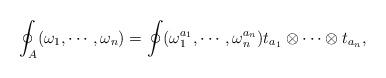
LaTeX: \begin{align*}\oint_A(\omega_1,\cdots,\omega_n) = \oint(\omega_1^{a_1},\cdots,\omega_n^{a_n})t_{a_1}\otimes\cdots\otimes t_{a_n},\end{align*}